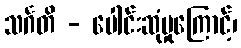
သင်္ဂတိ - ပေါင်းဆုံမှုကြောင့်၊